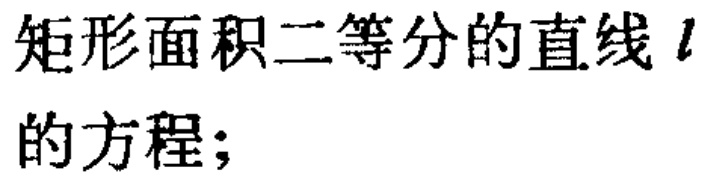
矩形面积二等分的直线\(l\)的方程；